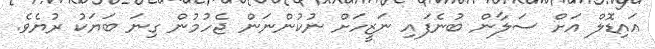
އައިޑޮލް އަށް ސަލާން ބުނެފައި ނަޒީހަށް ނުކުންނަން ޖެހުމުން ގިނަ ބަޔަކު ރުޔެވެ.